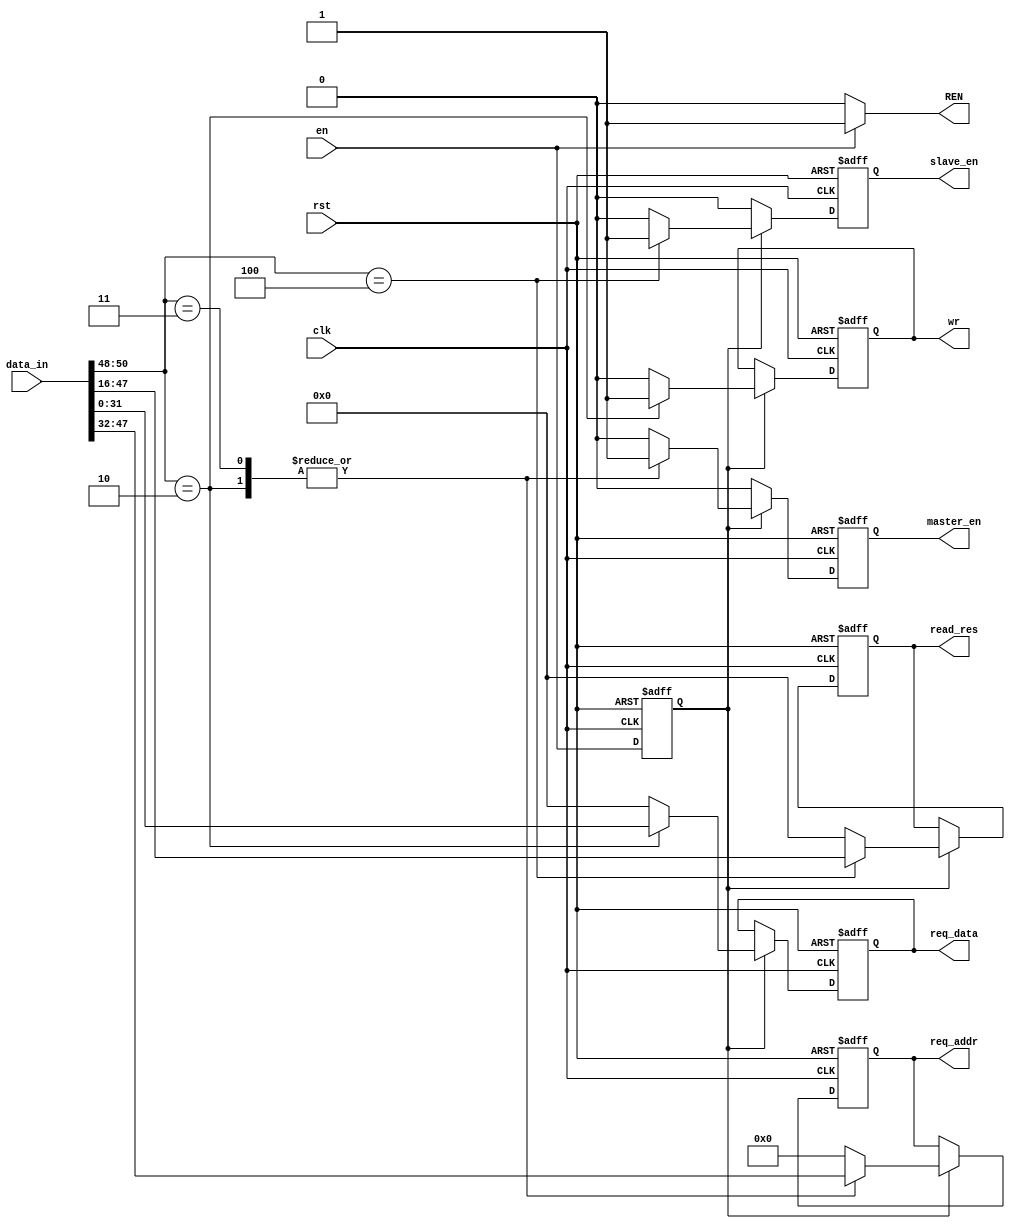
module Decoder (
    input wire  [55:0]    data_in,
    input wire            en,
    input wire            clk,
    input wire            rst,
    output wire           REN,
    output reg  [31:0]    read_res,
    output reg  [15:0]    req_addr,
    output reg  [31:0]    req_data,
    output reg            master_en,
    output reg            slave_en,
    output reg            wr

);

wire [2:0]  cmd;
reg         en_reg;
reg  [31:0] read_res_reg;
reg  [31:0] req_data_reg;
reg  [15:0] req_addr_reg;
reg         wr_reg;       
reg         master_en_reg;
reg         slave_en_reg; 


localparam  WREQ = 3'd2,
            RREQ = 3'd3,
            RRES = 3'd4;


assign REN = (en)? 1'b1:1'b0;
assign cmd = data_in[50:48];

always @(posedge clk ,negedge rst) begin
    if (!rst)
    begin
      en_reg <= 1'b0;
    end
    else 
    en_reg <= en;   
end

always @(*)
 begin
    if (en_reg)
    begin
    case (cmd)
       WREQ : begin
        req_addr_reg  = data_in[47:32];
        req_data_reg  = data_in[31:0];
        read_res_reg  = 32'b0;
        wr_reg        = 1'b1;
        master_en_reg = 1'b1;
        slave_en_reg  = 1'b0;
 
       end 
       RREQ: begin
        req_addr_reg  = data_in[47:32];
        req_data_reg  = 32'b0;
        read_res_reg  = 32'b0;
        wr_reg        = 1'b0;
        master_en_reg = 1'b1;
        slave_en_reg  = 1'b0;

       end
       RRES: begin
        read_res_reg  = data_in[47:16];
        req_addr_reg  = 16'b0;
        req_data_reg  = 32'b0;
        master_en_reg = 1'b0;
        slave_en_reg  = 1'b1;
        wr_reg        = 1'b0;

       end
        default:begin
        req_addr_reg = 16'b0;
        req_data_reg = 32'b0;
        read_res_reg = 32'b0;
        wr_reg       = 1'b0;
        master_en_reg = 1'b0;
        slave_en_reg  = 1'b0;

        end 
    endcase
    end
    else begin
        req_addr_reg = 16'b0;
        req_data_reg = 32'b0;
        read_res_reg = 32'b0;
        wr_reg       = 1'b0; 
        master_en_reg = 1'b0;
        slave_en_reg  = 1'b0;

    end

end

always @(posedge clk , negedge rst)
begin
    if(!rst)
    begin
        req_addr <= 16'b0;
        req_data <= 32'b0;
        read_res <= 32'b0;
        wr        <= 1'b0;       
        master_en <= 1'b0;
        slave_en  <= 1'b0; 
    end
    else if (en_reg)
    begin
        req_addr <= req_addr_reg;
        req_data <= req_data_reg;
        read_res <= read_res_reg;
        wr        <= wr_reg;       
        master_en <= master_en_reg;
        slave_en  <= slave_en_reg;
    end
    else begin
        master_en <= 1'b0;
        slave_en  <= 1'b0;
    end 
end


endmodule